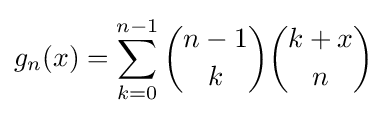
g_{n}(x)=\sum _{k=0}^{n-1}{\binom {n-1}{k}}{\binom {k+x}{n}}